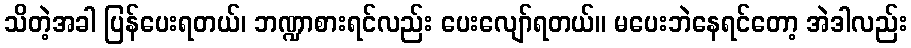
သိတဲ့အခါ ပြန်ပေးရတယ်၊ ဘဏ္ဍာစားရင်လည်း ပေးလျော်ရတယ်။ မပေးဘဲနေရင်တော့ အဲဒါလည်း